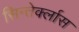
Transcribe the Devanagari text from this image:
सिन्तेर्क्लास